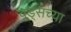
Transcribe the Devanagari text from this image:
वूड्सच्या